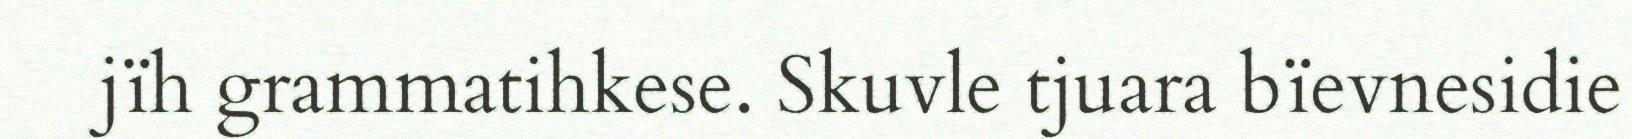
jïh grammatihkese. Skuvle tjuara bïevnesidie